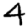
Digit: 4